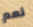
نعم